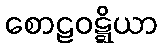
စောဠဝဋ္ဋိယာ